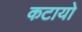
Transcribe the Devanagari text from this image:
कटायो